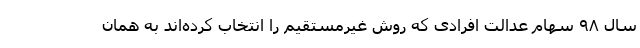
سال ۹۸ سهام عدالت افرادی که روش غیرمستقیم را انتخاب کرده‌اند به همان